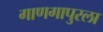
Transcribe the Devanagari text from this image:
गाणगापुरला